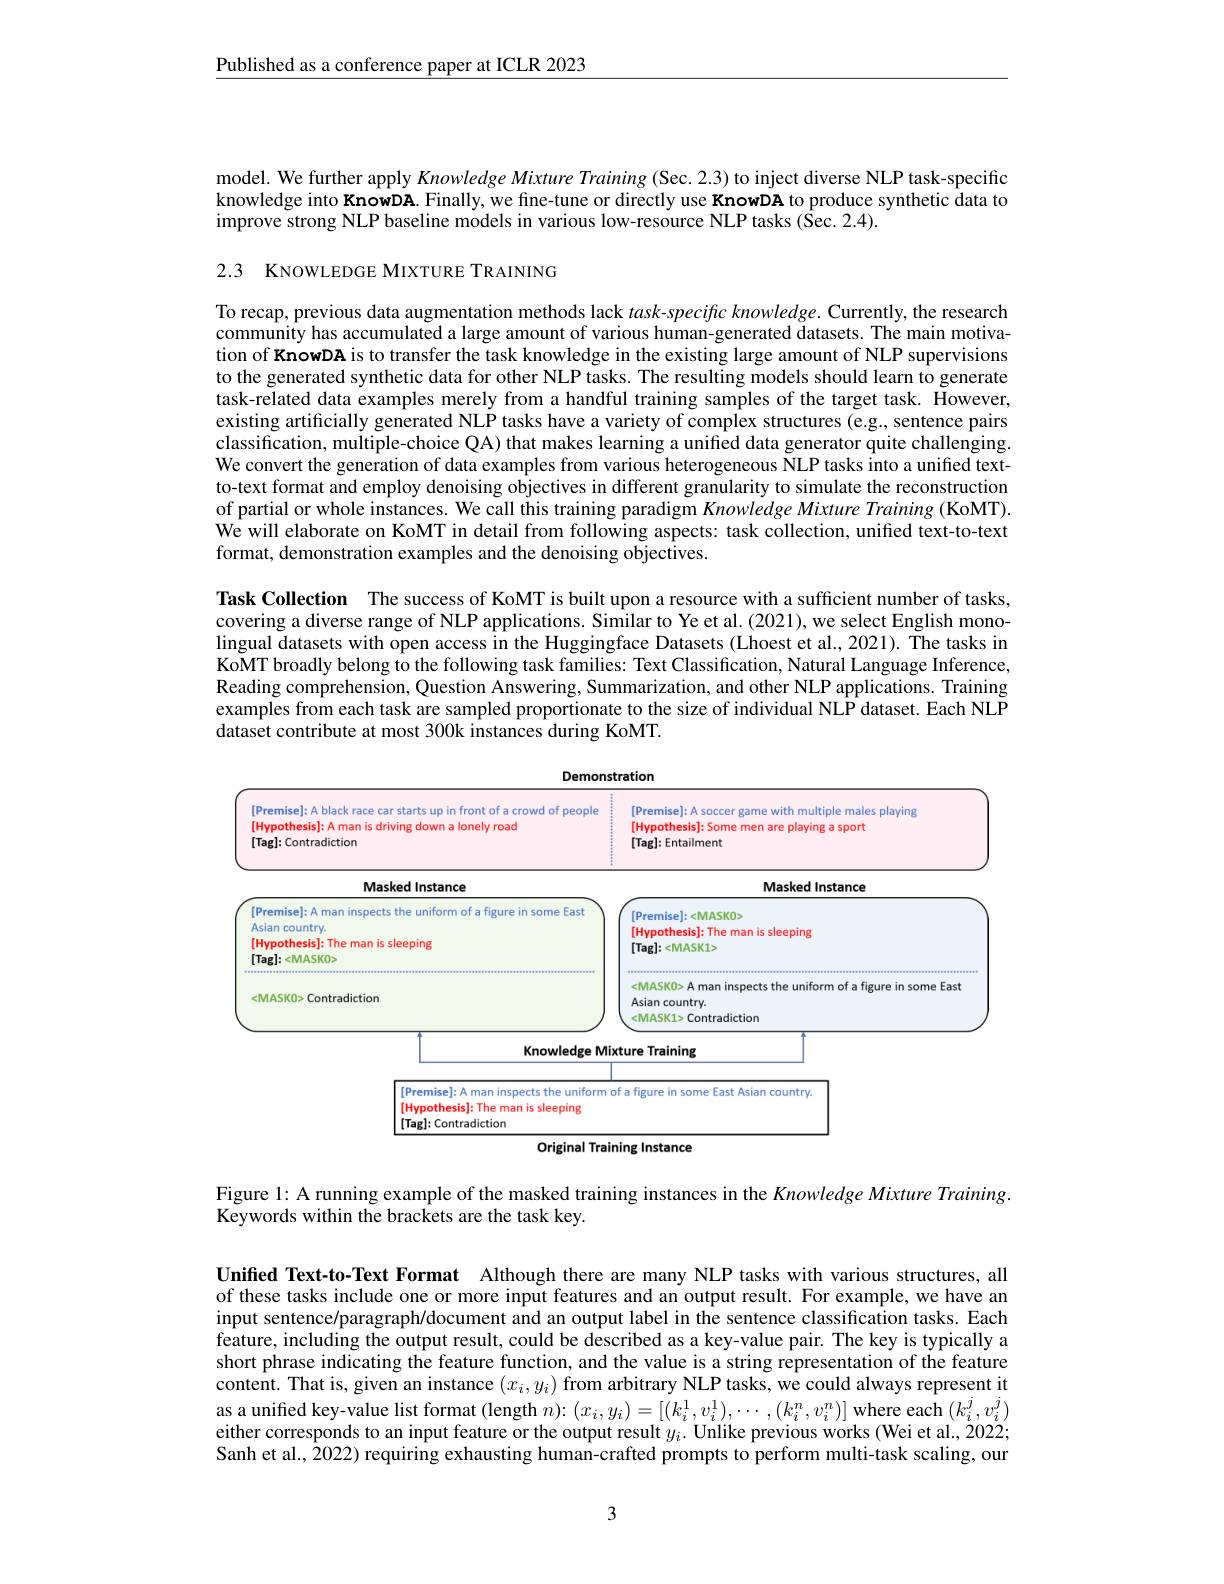
Published as a conference paper at ICLR 2023

model. We further apply Knowledge Mixture Training (Sec. 2.3) to inject diverse NLP task-specific knowledge into KnowDA. Finally, we fine-tune or directly use KnowDA to produce synthetic data to improve strong NLP baseline models in various low-resource NLP tasks ($\dot{\mathrm{Sec.2.4).}}$

2.3 KNOWLEDGE MIXTURE TRAINING

To recap, previous data augmentation methods lack $task-specific$ knowledge. Currently, the research community has accumulated a large amount of various human-generated datasets. The main motivation of KnowDA is to transfer the task knowledge in the existing large amount of NLP supervisions to the generated synthetic data for other NLP tasks. The resulting models should learn to generate task-related data examples merely from a handful training samples of the target task. However, existing artificially generated NLP tasks have a variety of complex structures (e.g., sentence pairs classification, multiple-choice QA) that makes learning a unified data generator quite challenging. We convert the generation of data examples from various heterogeneous NLP tasks into a unified textto-text format and employ denoising objectives in different granularity to simulate the reconstruction of partial or whole instances. We call this training paradigm $Knowledge\textit{Mixture Training ( KoMT) }.$ We will elaborate on KoMT in detail from following aspects: task collection, unified text-to-text format, demonstration examples and the denoising objectives.

Task Collection The success of KoMT is built upon a resource with a sufficient number of tasks, covering a diverse range of NLP applications. Similar to Ye et al. (2021), we select English monolingual datasets with open access in the Huggingface Datasets (Lhoest et al., 2021). The tasks in KoMT broadly belong to the following task families: Text Classification, Natural Language Inference, Reading comprehension, Question Answering, Summarization, and other NLP applications. Training examples from each task are sampled proportionate to the size of individual NÎP dataset. Each NLŠ $\hat{\text{dataset contribute at most 300k instances during KoMT}}.$

<FigureHere>

Figure 1: A running example of the masked training instances in the Knowledge Mixture Training.
Keywords within the brackets are the task key.

Unified Text-to-Text Format Although there are many NLP tasks with various structures, all of these tasks include one or more input features and an output result. For example, we have an input sentence/paragraph/document and an output label in the sentence classification tasks. Each feature, including the output result, could be described as a key-value pair. The key is typically a short phrase indicating the feature function, and the value is a string representation of the feature content. That is, given an instance $(x_i,y_i)$ from arbitrary NLP tasks, we could always represent it as a unified key-value list format (length $n){:}(x_i,y_i)=[(k_i^1,v_i^1),\cdots,(k_i^n,v_i^n)]$ where each $(k_i^j,v_i^j)$ either corresponds to an input feature or the output result $y_i.$ Unlike previous works (Wei et al., 2022; Sanh et al., $\hat{2}022)\hat{\text{ requiring exhausting human-crafted prompts to perform multi-task scaling, our}}$

3